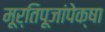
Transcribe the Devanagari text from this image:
मूर्तिपूजांपेक्षा